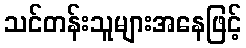
သင်တန်းသူများအနေဖြင့်